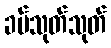
ခပ်သုတ်သုတ်